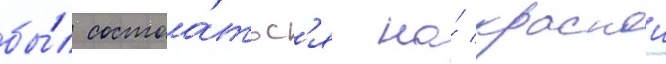
бы́л состоа́тьс'я на́ краснои